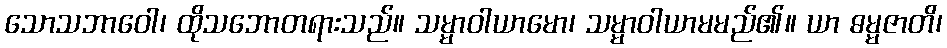
သောသဘာဝေါ၊ ထိုသဘောတရားသည်။ သမ္မာဝါယာမော၊ သမ္မာဝါယာမမည်၏။ ယာ ဓမ္မဇာတိ၊